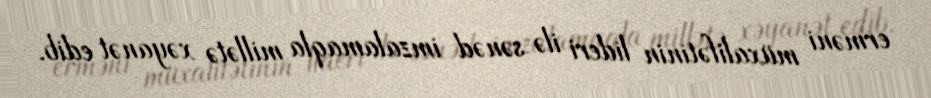
erməni müxalifətinin lideri ilə sənəd imzalamaqla millətə xəyanət edib.